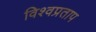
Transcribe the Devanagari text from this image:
विश्वप्रताप